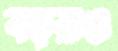
বড়রাও